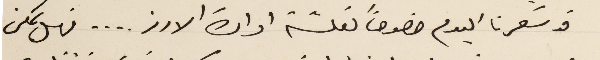
قد شعرنا اليوم خصوصاً لعلّة ادارة الارز . . . . فهل يمكن